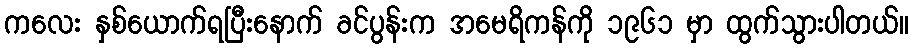
ကလေး နှစ်ယောက်ရပြီးနောက် ခင်ပွန်းက အမေရိကန်ကို ၁၉၆၁ မှာ ထွက်သွားပါတယ်။